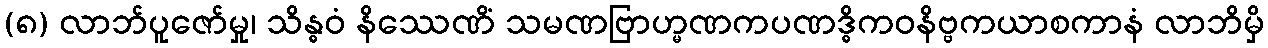
(၈) လာဘ်ပူဇော်မှု၊ သိန္ဓဝံ နိဿေဏိံ သမဏဗြာဟ္မဏကပဏဒ္ဓိကဝနိဗ္ဗကယာစကာနံ လာဘိမှိ